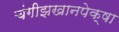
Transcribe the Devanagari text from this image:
चंगीझखानपेक्षा